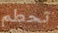
تحطم